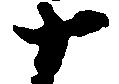
十